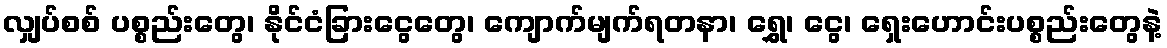
လျှပ်စစ် ပစ္စည်းတွေ၊ နိုင်ငံခြားငွေတွေ၊ ကျောက်မျက်ရတနာ၊ ရွှေ၊ ငွေ၊ ရှေးဟောင်းပစ္စည်းတွေနဲ့